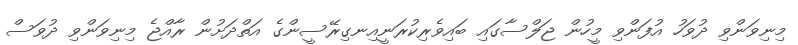
މިނިވަންވި ދުވަހު އުފަންވި މީހުން ޖަލްސާގައި ބައިވެރިކުރަނީއިނގިރޭސީންގެ އަތްދަށުން ރާއްޖެ މިނިވަންވި ދުވަސް